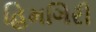
હિમગિરી